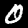
Label: 0